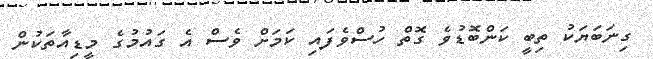
ގިނަބަޔަކު ތިބީ ކަންބޮޑުވެ ގޮތް ހުސްވެފައި ކަމަށް ވެސް އެ ގައުމުގެ މީޑިއާތަކުން